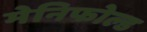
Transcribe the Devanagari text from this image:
मेनिफोल्ड